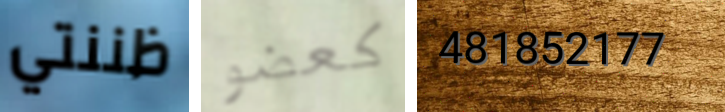
ظننتي كعضو 481852177